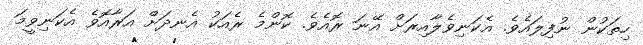
ހިތަކުން ނުފިލައެވެ. އެކަނިވެލާއިރަށް އޭނަ ރޮއެވެ. ކޮންމެ ރެއަކު އެނދަށް އަރާއޮވެ އެކަނިވީމަ